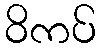
ဝိကပ်